Scottish Leaving Certificate Examination, 1961
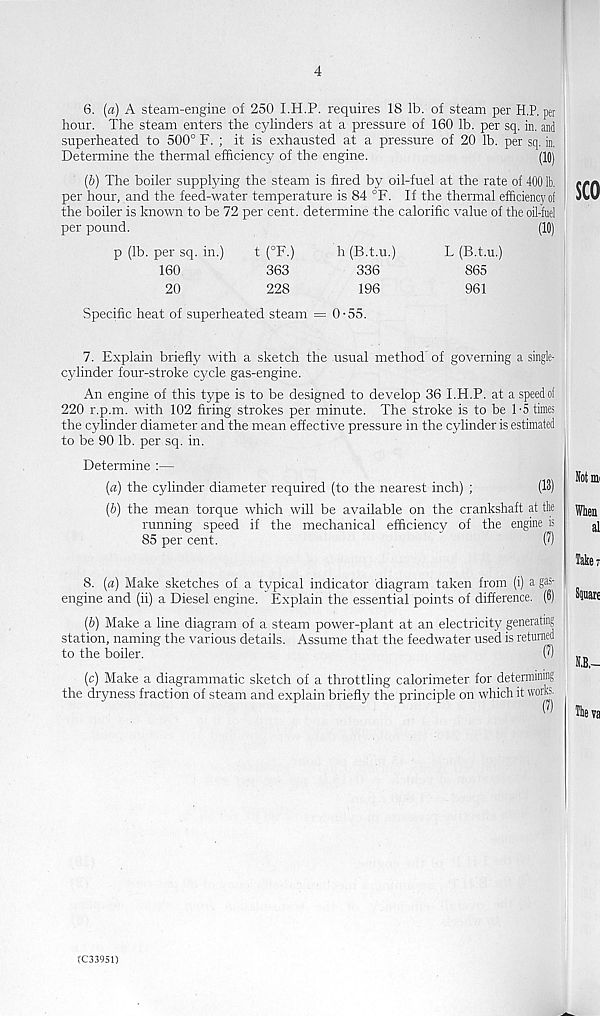
6. (a) A steam-engine of 250 I.H.P. requires 18 lb. of steam per H.P. per
hour. The steam enters the cylinders at a pressure of 160 lb. per sq. in. and
superheated to 500° F. ; it is exhausted at a pressure of 20 lb. per sq. in.
Determine the thermal efficiency of the engine.
(10)
(&) The boiler supplying the steam is fired by oil-fuel at the rate of 400 lb.
per hour, and the feed-water temperature is 84 °F. If the thermal efficiency of
the boiler is known to be 72 per cent, determine the calorific value of the oil-fnel
per pound.
(10)
p (lb. per sq. in.)
t (°F.)
h (B.t.u.)
L (B.t.u.)
160
363
336
865
20
228
196
961
Specific heat of superheated steam = 0-55.
7. Explain briefly with a sketch the usual method of governing a single-
cylinder four-stroke cycle gas-engine.
An engine of this type is to be designed to develop 36 I.H.P. at a speed of
220 r.p.m. with 102 firing strokes per minute. The stroke is to be 1-5 times
the cylinder diameter and the mean effective pressure in the cylinder is estimated
to be 90 lb. per sq. in.
Determine :—
(a) the cylinder diameter required (to the nearest inch) ;
(13)
(&) the mean torque which will be available on the crankshaft at the
running speed if the mechanical efficiency of the engine is
85 per cent.
P)
8. (a) Make sketches of a typical indicator diagram taken from (i) a gas-
engine and (ii) a Diesel engine. Explain the essential points of difierence. (6)
(&) Make a line diagram of a steam power-plant at an electricity generating
station, naming the various details. Assume that the feedwater used is returned
to the boiler.
(1)
(c) Make a diagrammatic sketch of a throttling calorimeter for determining
the dryness fraction of steam and explain briefly the principle on which it works-
(C33951)